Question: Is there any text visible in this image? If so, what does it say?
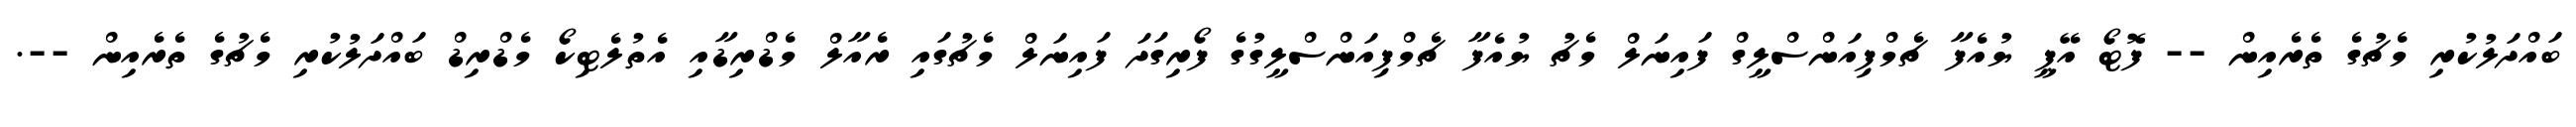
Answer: ބައްދަލުކުރި މެޗުގެ ތެރެއިން -- ފޮޓޯ އޭޕީ ޔުއެފާ ޗެމްޕިއަންސްލީގް ފައިނަލް މެޗު ޔުއެފާ ޗެމްޕިއަންސްލީގުގެ ފޯރިގަދަ ފައިނަލް މެޗުގައި ރެއާލް މެޑްރިޑާއި އެތުލެޓިކޯ މެޑްރިޑް ބައްދަލުކުރި މެޗުގެ ތެރެއިން --.